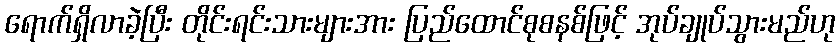
ရောက်ရှိလာခဲ့ပြီး တိုင်းရင်းသားများအား ပြည်ထောင်စုစနစ်ဖြင့် အုပ်ချုပ်သွားမည်ဟု